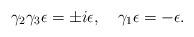
LaTeX: \begin{align*}\gamma _{2}\gamma _{3}\epsilon =\pm i\epsilon ,\ \ \ \gamma _{1}\epsilon=-\epsilon .\end{align*}